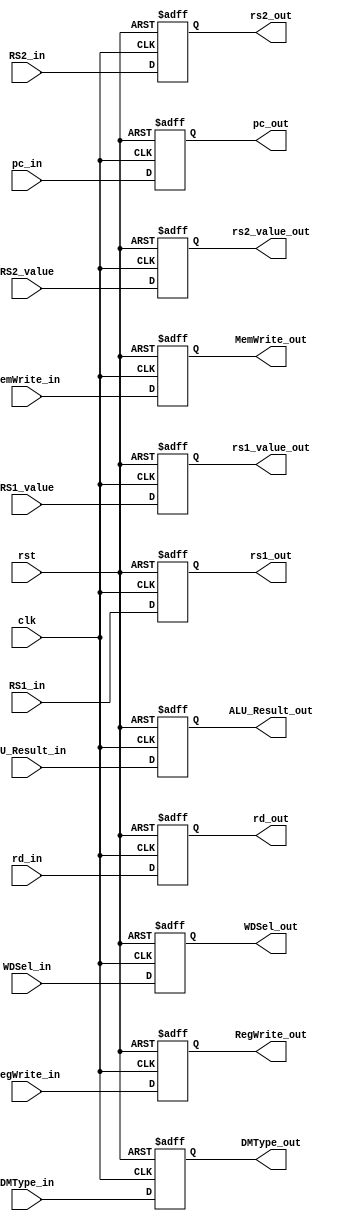
  module EX_MEM(   input         clk,
    input         rst,
    //input         flush,
    //input  [31:0] PC_in,
    
    input  [4:0] RS1_in,         // read register id
    input  [4:0] RS2_in,         // read register id
    input  [31:0] RS1_value,         // read register value
    input  [31:0] RS2_value,         // read register value
    input  [4:0] rd_in,
    input  [31:0] ALU_Result_in,
    //input [4:0] ALUOp_in,
    input MemWrite_in,
    input RegWrite_in,
    input [2:0] DMType_in,
    
    input  [1:0]  WDSel_in,
    input  [31:0] pc_in,
    //output reg [31:0] PC_out,

    output reg[4:0]  rs1_out,         // read register id
    output reg[4:0]  rs2_out,         // read register id    
    output reg[31:0]  rs1_value_out,         // read register value
    output reg[31:0]  rs2_value_out,         // read register value
    output reg [4:0]  rd_out,          // write register id
    output reg [31:0] ALU_Result_out,
    //output reg [4:0]  ALUOp_out,       // ALU opertion
    output reg        MemWrite_out,    // output: memory write signal
    output reg        RegWrite_out,    // control signal to register write
    output reg [2:0]  DMType_out,     // read/write data length
    
    output reg [1:0]  WDSel_out,        // (register) write data selection
    output reg[31:0] pc_out
    //output reg [2:0]  NPCOp,       // next PC operation
    // to WB
    //output reg [6:0]  type
    );

  always @(posedge clk, posedge rst) begin
        if (rst ) begin
            rs1_out = 5'b0;
            rs2_out = 5'b0;

            rs1_value_out = 32'b0;
            rs2_value_out = 32'b0;
            rd_out = 5'b0;

            
            //NPCOp = 3'b0;
            ALU_Result_out= 32'b0;
            MemWrite_out = 1'b0;
            
            RegWrite_out = 1'b0;

            DMType_out = 3'b0;
            WDSel_out = 2'b0;
            pc_out=32'b0;
        end
        else begin
            rs1_out <= RS1_in;
            rs2_out <= RS2_in;

            rs1_value_out <= RS1_value;
            rs2_value_out <= RS2_value;
            rd_out <= rd_in;

            ALU_Result_out<= ALU_Result_in;
            //$display("ALU_Result_in = %h",ALU_Result_in);
            //$display("ALU_Result_out = %h",ALU_Result_out);
            //$display("rd_in = %h",rd_in);
            //$display("rd_out = %h",rd_out);
            MemWrite_out <= MemWrite_in;
            
            RegWrite_out <=  RegWrite_in;

            DMType_out <= DMType_in;
            WDSel_out <=WDSel_in;   
            pc_out<=pc_in;         
        end
    end

endmodule